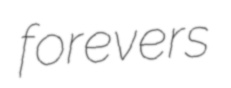
forevers